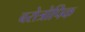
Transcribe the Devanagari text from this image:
बरोत्रोपिक